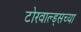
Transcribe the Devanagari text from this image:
टोरवाल्ड्सच्या